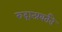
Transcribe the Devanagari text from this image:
रुद्रात्प्रवर्तते